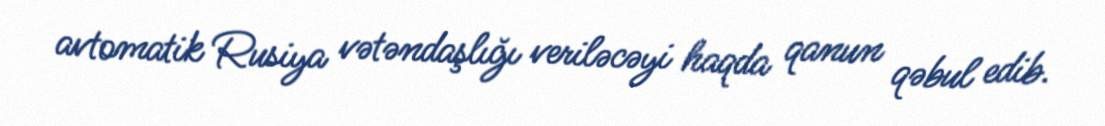
avtomatik Rusiya vətəndaşlığı veriləcəyi haqda qanun qəbul edib.